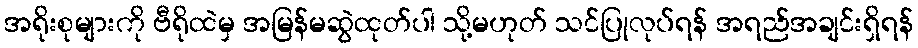
အရိုးစုများကို ဗီရိုထဲမှ အမြန်မဆွဲထုတ်ပါ သို့မဟုတ် သင်ပြုလုပ်ရန် အရည်အချင်းရှိရန်